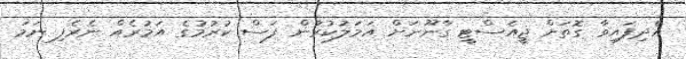
އެދިފައިވާ ގޮތަށް ޖީއެސްޓީ ގާނޫނަށް އަމަލުކުރުން ފަސް ކުރުމުގެ އަމުރެއް ނެރެފި ނަމަ